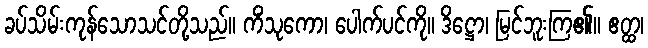
ခပ်သိမ်းကုန်သောသင်တို့သည်။ ကိံသုကော၊ ပေါက်ပင်ကို။ ဒိဋ္ဌော၊ မြင်ဘူးကြ၏။ ဧတ္ထ၊